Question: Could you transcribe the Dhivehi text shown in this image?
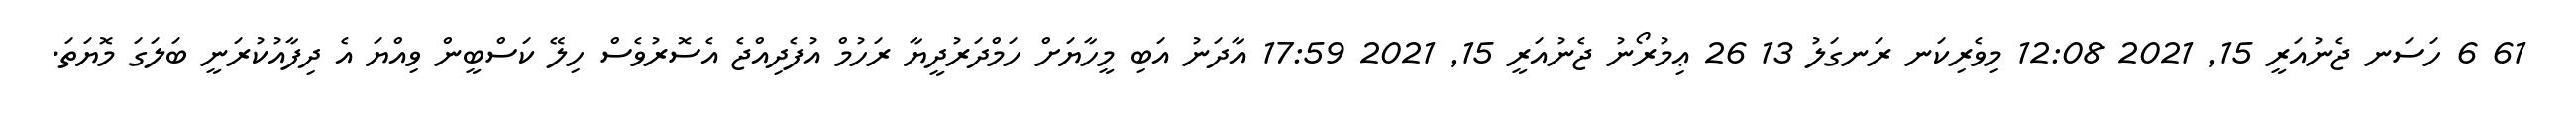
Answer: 61 6 ހަސަނ ޖެނުއަރީ 15, 2021 12:08 މިވެރިކަނ ރަނގަލު 13 26 ޢިމުރޯނު ޖެނުއަރީ 15, 2021 17:59 އާދަނު އަބި މީހާޔަށް ހަމްދަރުދީޔާ ރަހުމް އުފެދިއްޖެ އެސޮރުވެސް ހިލޭ ކަސްބީން ވިއްޔަ އެ ދިފާއުކުރަނީ ބަލަގަ މޮޔަތަ.